Lunatic asylums in Bengal annual reports 1912-1924 - 1912-1924
Year: 1912
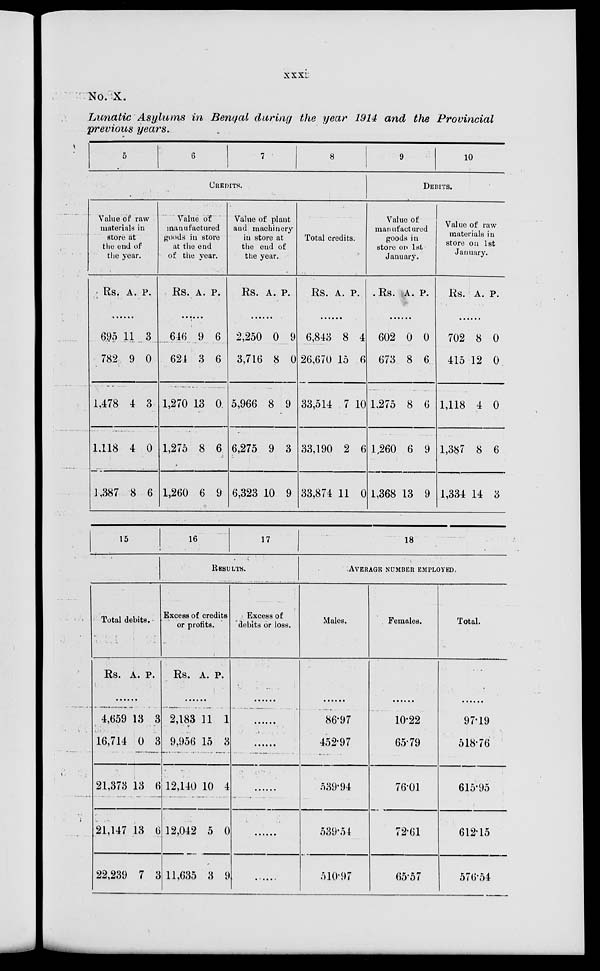
xxxi
No. X.
Lunatic Asylums in Bengal during the year 1914 and the Provincial
previous years.
5
6
7
8
CREDITS.
Value of raw
materials in
store at
the end of
the year.
Rs. A. P.
......
695
782
1,478
1,118
1,387
11
9
4
4
8
3
0
3
0
6
Value of
manufactured
goods in store
at the end
of the year.
Rs. A. P.
......
646
624
1,270
1,275
1,260
9
3
13
8
6
6
6
0
6
9
Value of plant
and machinery
in store at
the end of
the year.
Rs. A. P.
......
2,250
3,716
5,966
6,275
6,323
0
8
8
9
10
9
0
9
3
9
Total credits.
Rs. A. P.
......
6,843
26,670
33,514
33,190
33,874
8
15
7
2
11
4
6
10
6
0
9
10
DEBITS.
Value of
manufactured
goods in
store on 1st
January.
Rs. A. P.
......
602
673
1,275
1,260
1,368
0
8
8
6
13
0
6
6
9
9
Value of raw
materials in
store on 1st
January.
Rs. A. P.
......
702
415
1,118
1,387
1,334
8
12
4
8
14
0
0
0
6
3
15
Total debits.
Rs. A. P.
......
4,659
16,714
21,373
21,147
22,239
13
0
13
13
7
3
3
6
6
3
16
17
RESULTS.
Excess of credits
or profits.
Rs. A. P.
......
2,183
9,956
12,140
12,042
11,635
11
15
10
5
3
1
3
4
0
9
Excess of
debits or loss.
......
......
......
......
......
......
18
AVERAGE NUMBER EMPLOYED.
Males.
......
86.97
452.97
539.94
539.54
510.97
Females.
......
10.22
65.79
76.01
72.61
65.57
Total.
......
97.19
518.76
615.95
612.15
576.54